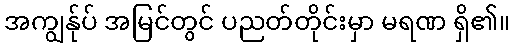
အကျွန်ုပ် အမြင်တွင် ပညတ်တိုင်းမှာ မရဏ ရှိ၏။